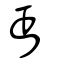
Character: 丏